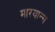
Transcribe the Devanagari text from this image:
मारयान्ग